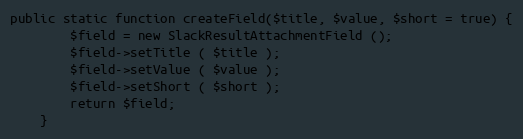
Language: PHP
public static function createField($title, $value, $short = true) {
		$field = new SlackResultAttachmentField ();
		$field->setTitle ( $title );
		$field->setValue ( $value );
		$field->setShort ( $short );
		return $field;
	}